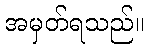
အမှတ်ရသည်။